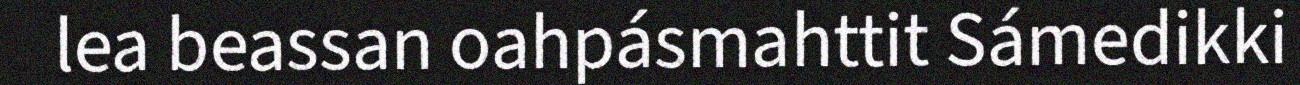
lea beassan oahpásmahttit Sámedikki